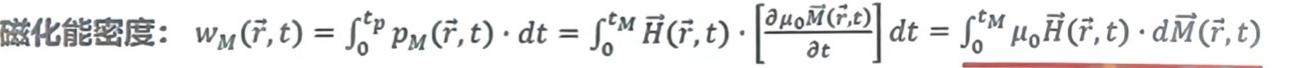
磁化能密度：$w_M(\vec{r},t)=\int_0^{t^p} p_M(\vec{r},t)\cdot dt = \int_0^{t^M} \vec{H}(\vec{r},t)\cdot \left[\frac{\partial \mu_0 \vec{M}(\vec{r},t)}{\partial t}\right] dt = \int_0^{t^M} \mu_0 \vec{H}(\vec{r},t)\cdot d\vec{M}(\vec{r},t)$